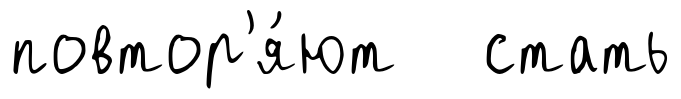
повтор'я́ют стать